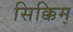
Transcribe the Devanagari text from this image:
सिक्किम